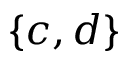
\{ c , d \}